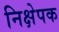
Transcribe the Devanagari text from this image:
निक्षेपक